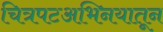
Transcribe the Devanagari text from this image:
चित्रपटअभिनयातून